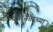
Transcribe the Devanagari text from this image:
वर्षानंतरच्या